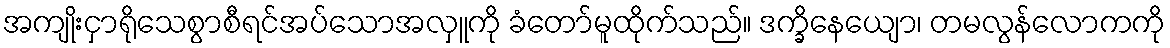
အကျိုးငှာရိုသေစွာစီရင်အပ်သောအလှူကို ခံတော်မူထိုက်သည်။ ဒက္ခိနေယျော၊ တမလွန်လောကကို